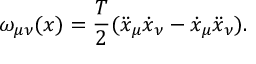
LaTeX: \omega _ { \mu \nu } ( x ) = { \frac { T } { 2 } } ( \ddot { x } _ { \mu } \dot { x } _ { \nu } - \dot { x } _ { \mu } \ddot { x } _ { \nu } ) .